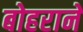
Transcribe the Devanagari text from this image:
बोहराने